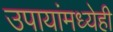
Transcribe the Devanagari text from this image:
उपायांमध्येही